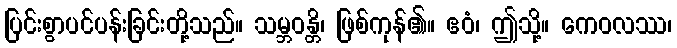
ပြင်းစွာပင်ပန်းခြင်းတို့သည်။ သမ္ဘဝန္တိ၊ ဖြစ်ကုန်၏။ ဧဝံ၊ ဤသို့။ ကေဝလဿ၊